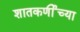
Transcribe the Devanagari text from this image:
शातकर्णीच्या